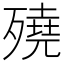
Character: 𣩦